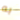
به